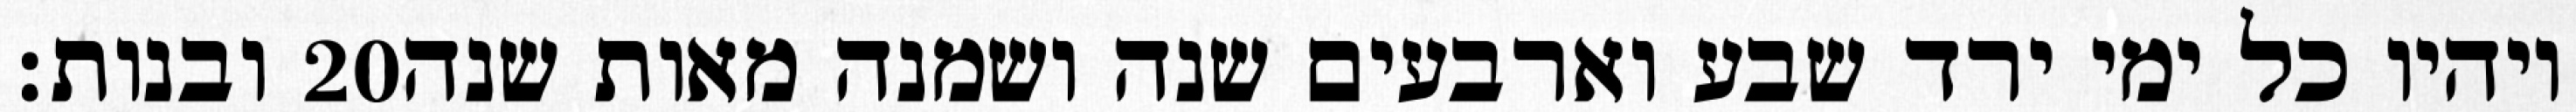
ובנות׃ ‎20‏ ויהיו כל ימי ירד שבע וארבעים שנה ושמנה מאות שנה